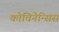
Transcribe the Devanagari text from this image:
कोचिनेन्सिस